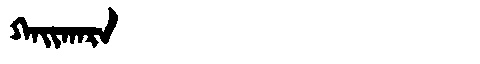
Manchu: ᡴᠠᡳᡴᠠᡵᠠ
Romanization: KAIKARA